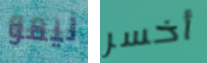
نيمو أخسر